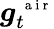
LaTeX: {\boldsymbol g}_{t}^{\mathrm{~\scriptsize~a~i~r~}}